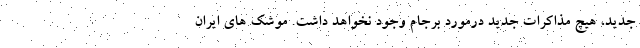
جدید، هیچ مذاکرات جدید درمورد برجام وجود نخواهد داشت. موشک های ایران